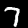
Digit: 7